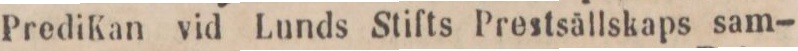
PrediKan vid Lunds Stifts Prestsällskaps sam-